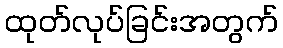
ထုတ်လုပ်ခြင်းအတွက်